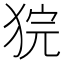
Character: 𤞵